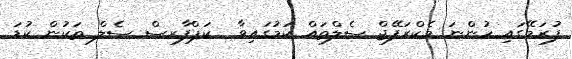
ފުރަމޭގައި ހުންނަ މެކްރަފޭޖް ސެލްތައް ކަމުގައިވާ  ކަޕްފާރސް ސެލް ތަކުން ކުޑަ